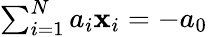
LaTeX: \textstyle\sum_{i=1}^{N}a_{i}\mathbf{x}_{i}=-a_{0}